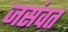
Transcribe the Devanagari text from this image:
जसंवत